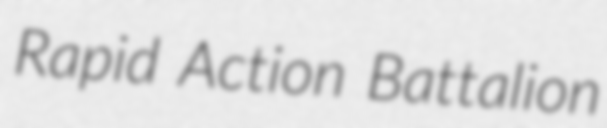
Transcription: Rapid Action Battalion